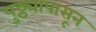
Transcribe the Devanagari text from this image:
पुठ्ठ्यापासून